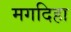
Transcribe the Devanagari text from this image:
मगदिहा